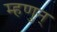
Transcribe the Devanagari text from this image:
म्हणुन्